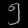
Digit: ၅